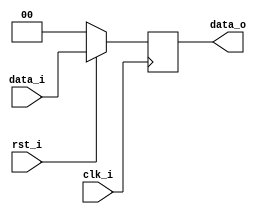
//Subject:     CO project 4 - Pipe Register
//--------------------------------------------------------------------------------
//Version:     1
//--------------------------------------------------------------------------------
//Writer:      
//----------------------------------------------
//Date:        
//----------------------------------------------
//Description: 
//--------------------------------------------------------------------------------
module Pipe_Reg(
                    clk_i,
					rst_i,
					data_i,
					data_o
					);
					
parameter size = 0;

input               clk_i;		  
input				rst_i;
input      [size-1: 0] data_i;
output reg [size-1: 0] data_o;
	  
always @(posedge clk_i) begin
    if(~rst_i)
        data_o <= 0;
    else
        data_o <= data_i;
end

endmodule